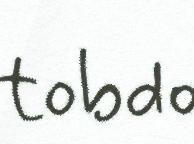
tobdo